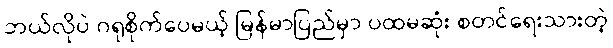
ဘယ်လိုပဲ ဂရုစိုက်ပေမယ့် မြန်မာပြည်မှာ ပထမဆုံး စတင်ရေးသားတဲ့